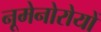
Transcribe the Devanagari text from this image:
नूमेनोरोयों